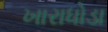
ખારાધોડા